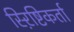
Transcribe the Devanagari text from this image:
स्ऱिष्टिकर्ता